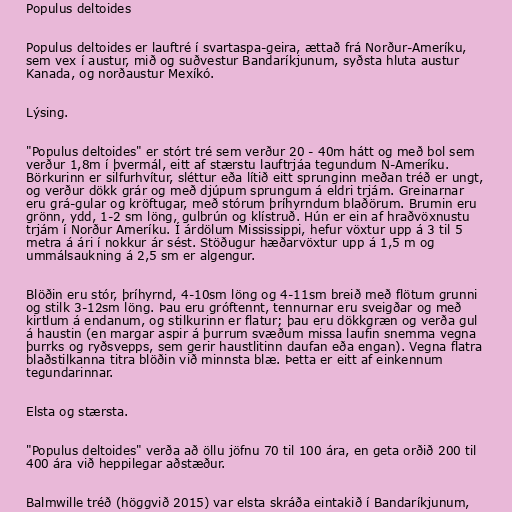
Populus deltoides

Populus deltoides er lauftré í svartaspa-geira, ættað frá Norður-Ameríku,
sem vex í austur, mið og suðvestur Bandaríkjunum, syðsta hluta austur
Kanada, og norðaustur Mexíkó.

Lýsing.

"Populus deltoides" er stórt tré sem verður 20 - 40m hátt og með bol sem
verður 1,8m í þvermál, eitt af stærstu lauftrjáa tegundum N-Ameríku.
Börkurinn er silfurhvítur, sléttur eða lítið eitt sprunginn meðan tréð er ungt,
og verður dökk grár og með djúpum sprungum á eldri trjám. Greinarnar
eru grá-gular og kröftugar, með stórum þríhyrndum blaðörum. Brumin eru
grönn, ydd, 1-2 sm löng, gulbrún og klístruð. Hún er ein af hraðvöxnustu
trjám í Norður Ameríku. Í árdölum Mississippi, hefur vöxtur upp á 3 til 5
metra á ári í nokkur ár sést. Stöðugur hæðarvöxtur upp á 1,5 m og
ummálsaukning á 2,5 sm er algengur.

Blöðin eru stór, þríhyrnd, 4-10sm löng og 4-11sm breið með flötum grunni
og stilk 3-12sm löng. Þau eru gróftennt, tennurnar eru sveigðar og með
kirtlum á endanum, og stilkurinn er flatur; þau eru dökkgræn og verða gul
á haustin (en margar aspir á þurrum svæðum missa laufin snemma vegna
þurrks og ryðsvepps, sem gerir haustlitinn daufan eða engan). Vegna flatra
blaðstilkanna titra blöðin við minnsta blæ. Þetta er eitt af einkennum
tegundarinnar.

Elsta og stærsta.

"Populus deltoides" verða að öllu jöfnu 70 til 100 ára, en geta orðið 200 til
400 ára við heppilegar aðstæður.

Balmwille tréð (höggvið 2015) var elsta skráða eintakið í Bandaríkjunum,